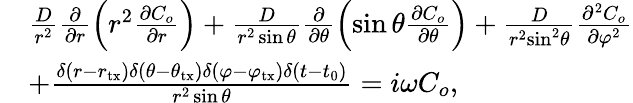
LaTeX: \begin{array}{rl}&{\frac{D}{{{r^{2}}}}\frac{\partial}{{\partial r}}\left({r^{2}}\frac{{\partial C_{o}}}{{\partial r}}\right)+\frac{D}{{{r^{2}}\sin\theta}}\frac{\partial}{{\partial\theta}}\left(\sin\theta\frac{{\partial C_{o}}}{{\partial\theta}}\right)+\frac{D}{{{r^{2}}{{\sin}^{2}}\theta}}\frac{{{\partial^{2}}C_{o}}}{{\partial{\varphi^{2}}}}}\\ &{+\frac{{\delta(r-{r_{\mathrm{tx}}})\delta(\theta-\theta_{\mathrm{tx}})\delta(\varphi-\varphi_{\mathrm{tx}})\delta(t-t_{0})}}{r^{2}\sin\theta}=i\omega C_{o},}\end{array}